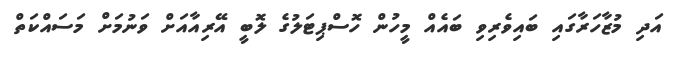
އަދި މުޒާހަރާގައި ބައިވެރިވި ބައެއް މީހުން ހޮސްޕިޓަލުގެ ލޮބީ އޭރިއާއަށް ވަނުމަށް މަސައްކަތް